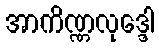
အာကိဏ္ဏလုဒ္ဒေါ